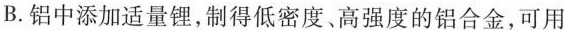
B. 铝中添加适量锂，制得低密度、高强度的铝合金，可用